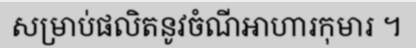
សម្រាប់ផលិតនូវចំណីអាហារកុមារ ។